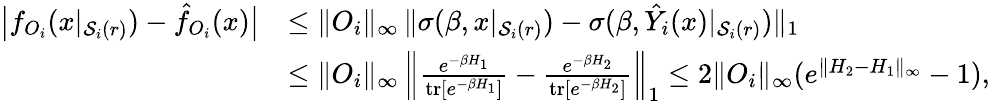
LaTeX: \begin{array}{rl}{\big|f_{O_{i}}(x|_{\mathcal{S}_{i}(r)})-\hat{f}_{O_{i}}(x)\big|}&{\le\| O_{i}\| _{\infty}\, \| \sigma(\beta,x|_{\mathcal{S}_{i}(r)})-\sigma(\beta,\hat{Y}_{i}(x)|_{\mathcal{S}_{i}(r)})\| _{1}}\\ &{\le\| O_{i}\| _{\infty}\, \left\| \frac{e^{-\beta H_{1}}}{\operatorname{tr}[e^{-\beta H_{1}}]}-\frac{e^{-\beta H_{2}}}{\operatorname{tr}[e^{-\beta H_{2}}]}\right\| _{1}\leq 2\| O_{i}\| _{\infty}(e^{\| H_{2}-H_{1}\| _{\infty}}-1),}\end{array}